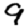
Digit: 9